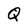
Character: Q